Civil Veterinary Dept. North-West Frontier Province 1901-22 - 1901-1922
Year: 1901
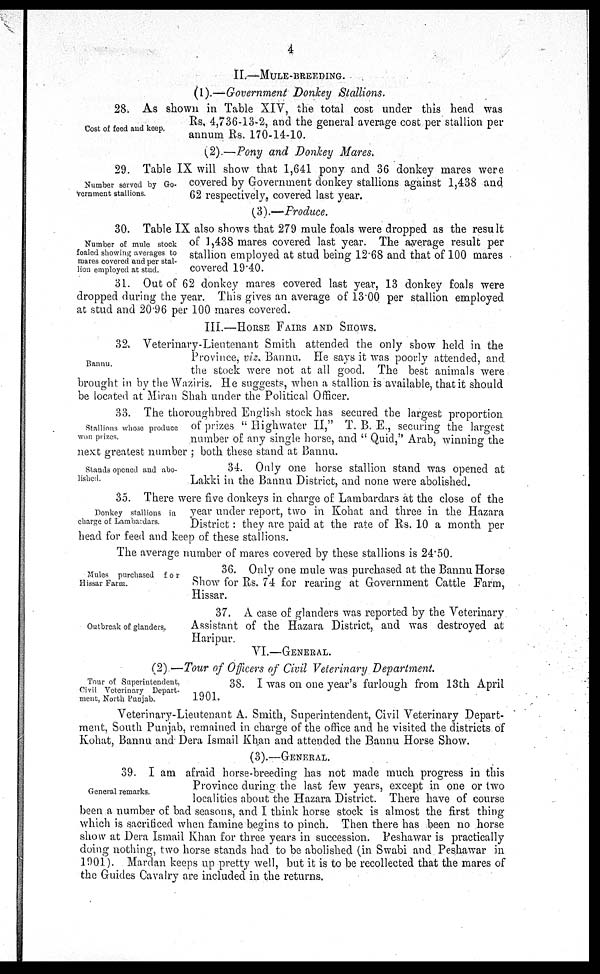
4
II.—MULE-BREEDING.
(1).—Government Donkey Stallions.
Cost of feed and keep.
28. As shown in Table XIV, the total cost under this head was
Rs. 4,736-13-2, and the general average cost per stallion per
annum Rs. 170-14-10.
(2).—Pony and Donkey Mares.
Number served by Go-
vernment stallions.
29. Table IX will show that 1,641 pony and 36 donkey mares were
covered by Government donkey stallions against 1,438 and
62 respectively, covered last year.
(3).—Produce.
Number of mule stock
foaled showing averages to
mares covered and per stal-
lion employed at stud.
30. Table IX also shows that 279 mule foals were dropped as the result
of 1,438 mares covered last year. The average result per
stallion employed at stud being 12.68 and that of 100 mares
covered 19.40.
31. Out of 62 donkey mares covered last year, 13 donkey foals were
dropped during the year. This gives an average of 13.00 per stallion employed
at stud and 20.96 per 100 mares covered.
III.—HORSE FAIRS AND SHOWS.
Bannu.
32. Veterinary-Lieutenant Smith attended the only show held in the
Province, viz. Bannu. He says it was poorly attended, and
the stock were not at all good. The best animals were
brought in by the Waziris. He suggests, when a stallion is available, that it should
be located at Miran Shah under the Political Officer.
Stallions whose produce
won prizes.
33. The thoroughbred English stock has secured the largest proportion
of prizes "Highwater II," T. B. E., securing the largest
number of any single horse, and "Quid," Arab, winning the
next greatest number; both these stand at Bannu.
Stands opened and abo-
lished.
34. Only one horse stallion stand was opened at
Lakki in the Bannu District, and none were abolished.
Donkey stallions in
charge of Lambardars.
35. There were five donkeys in charge of Lambardars at the close of the
year under report, two in Kohat and three in the Hazara
District: they are paid at the rate of Rs. 10 a month per
head for feed and keep of these stallions.
The average number of mares covered by these stallions is 24.50.
Mules purchased
for
Hissar Farm.
36. Only one mule was purchased at the Bannu Horse
Show for Rs. 74 for rearing at Government Cattle Farm,
Hissar.
Outbreak of glanders.
37. A case of glanders was reported by the Veterinary
Assistant of the Hazara District, and was destroyed at
Haripur.
VI.—GENERAL.
(2)—Tour of Officers of Civil Veterinary Department.
Tour of Superintendent,
Civil Veterinary Depart-
ment, North Punjab.
38. I was on one year's furlough from 13th April
1901.
Veterinary-Lieutenant A. Smith, Superintendent, Civil Veterinary Depart-
ment, South Punjab, remained in charge of the office and he visited the districts of
Kohat, Bannu and Dera Ismail Khan and attended the Bannu Horse Show.
(3).—GENERAL.
General remarks.
39. I am afraid horse-breeding has not made much progress in this
Province during the last few years, except in one or two
localities about the Hazara District. There have of course
been a number of bad seasons, and I think horse stock is almost the first thing
which is sacrificed when famine begins to pinch. Then there has been no horse
show at Dera Ismail Khan for three years in succession. Peshawar is practically
doing nothing, two horse stands had to be abolished (in Swabi and Peshawar in
1901). Mardan keeps up pretty well, but it is to be recollected that the mares of
the Guides Cavalry are included in the returns.